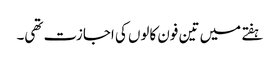
ہفتے میں تین فون کالوں کی اجازت تھی۔